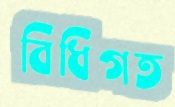
বিধিগত